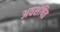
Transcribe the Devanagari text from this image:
अवशेषित